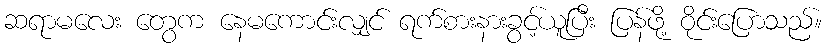
ဆရာမလေး တွေက နေမကောင်းလျှင် ရက်စားနားခွင့်ယူပြီး ပြန်ဖို့ ဝိုင်းပြောသည်။